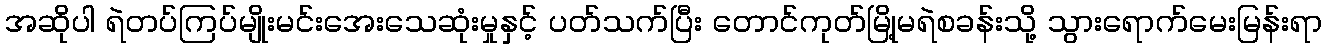
အဆိုပါ ရဲတပ်ကြပ်မျိုးမင်းအေးသေဆုံးမှုနှင့် ပတ်သက်ပြီး တောင်ကုတ်မြို့မရဲစခန်းသို့ သွားရောက်မေးမြန်းရာ